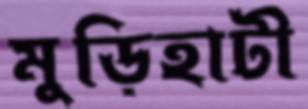
মুড়িহাটী